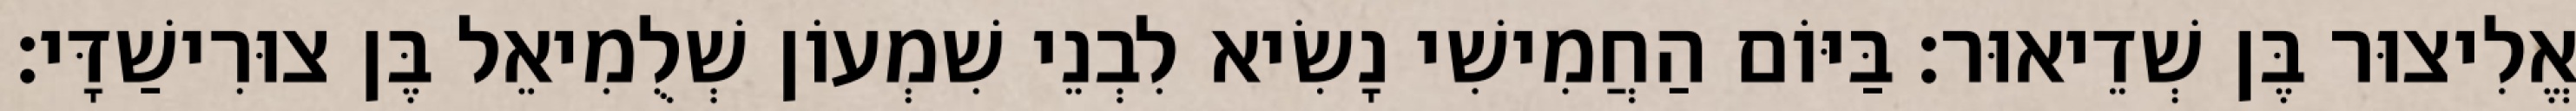
אֱלִיצוּר בֶּן שְׁדֵיאוּר׃ בַּיּוֹם הַחֲמִישִׁי נָשִׂיא לִבְנֵי שִׁמְעוֹן שְׁלֻמִיאֵל בֶּן צוּרִישַׁדָּי׃